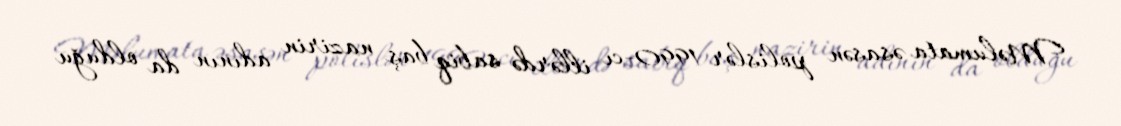
Məlumata əsasən polislər 1990-cı illərdə sabiq baş nazirin adının da olduğu